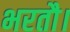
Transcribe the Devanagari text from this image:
भरतौ।